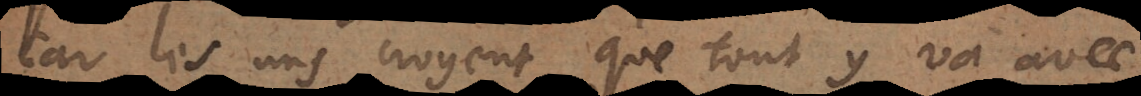
car les uns croyent que tout y va avec